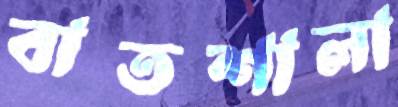
বাতশালা